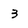
Character: 3